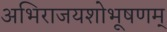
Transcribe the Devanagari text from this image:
अभिराजयशोभूषणम्